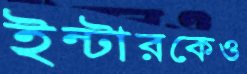
ইন্টারকেও